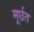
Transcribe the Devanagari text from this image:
मूर्छत